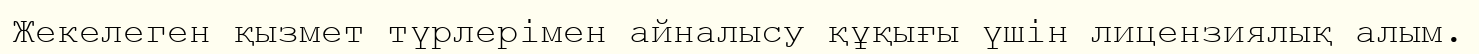
Жекелеген қызмет түрлерімен айналысу құқығы үшін лицензиялық алым.